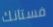
فستانك